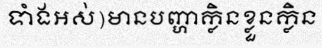
ទាំងអស់)មានបញ្ហាក្លិនខ្លួនក្លិន